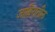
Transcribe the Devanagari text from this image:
जाहिरातील